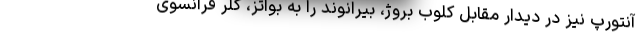
آنتورپ نیز در دیدار مقابل کلوب بروژ، بیرانوند را به بواتز، گلر فرانسوی